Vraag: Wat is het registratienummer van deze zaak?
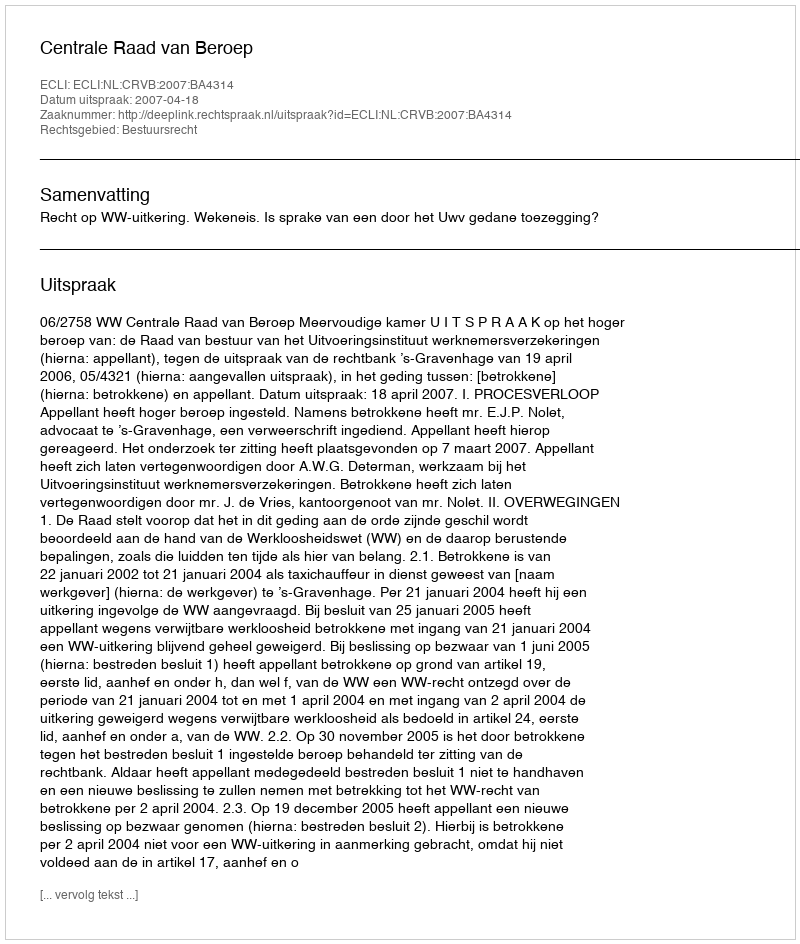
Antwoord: http://deeplink.rechtspraak.nl/uitspraak?id=ECLI:NL:CRVB:2007:BA4314